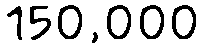
150,000